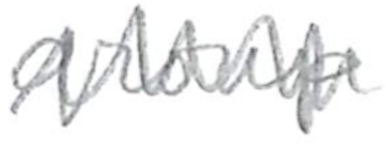
Text: group
Cross-out: mix
Writing tool: pencil